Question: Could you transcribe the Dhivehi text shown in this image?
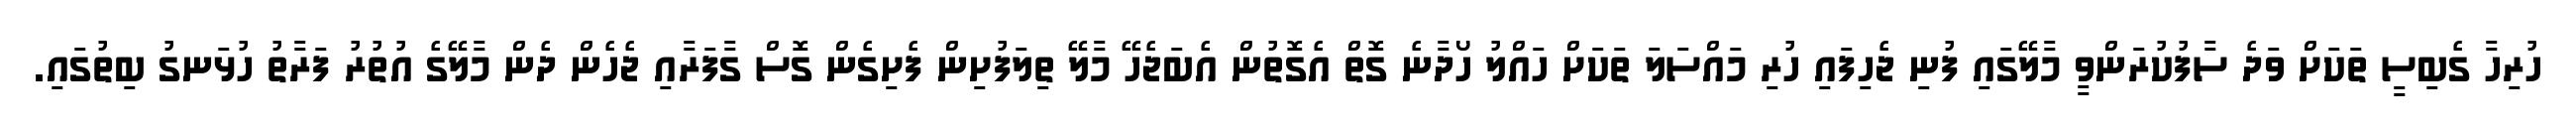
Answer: ހުރިހާ ގެބިސީ ތަކަށް ވަދެ ސާފުކުރަންވީ މާލޭގައި ފުނި ޖެހިފައި ހުރި މައްސަލަ ތަކަށް ހައްލު ހޯދާނެ ގޮތް އެގޮތުން އެބަޖެހޭ މާލޭ ތިލަފުށިން ފެށިގެން ގޮސް ގާފަރާއި ޖެހެން ދެން މާލޭގެ އުތުރު ފަރާތު ހުޅަނގު ބިތުގައި.